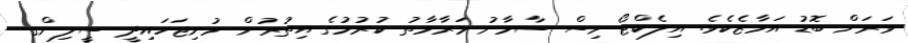
ވަރަށް ބޮޑު އަމާޒެކެވެ. އިލެކްޓޯނިސް ސާމާނު މަރާމާތު ކުރުމުގެ އިތުރުން މުށިޖަހައިދީ ސީލިންގ